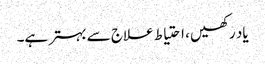
یاد رکھیں ، احتیاط علاج سے بہتر ہے۔